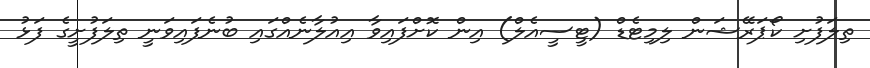
ތިލަފުށި ކޯޕަރޭޝަން ލިމިޓެޑް (ޓީސީއެލް) އިން ކޮށްފައިވާ އިއުލާނެއްގައި ބުނެފައިވަނީ ތިލަފުށީގެ ފަޅު